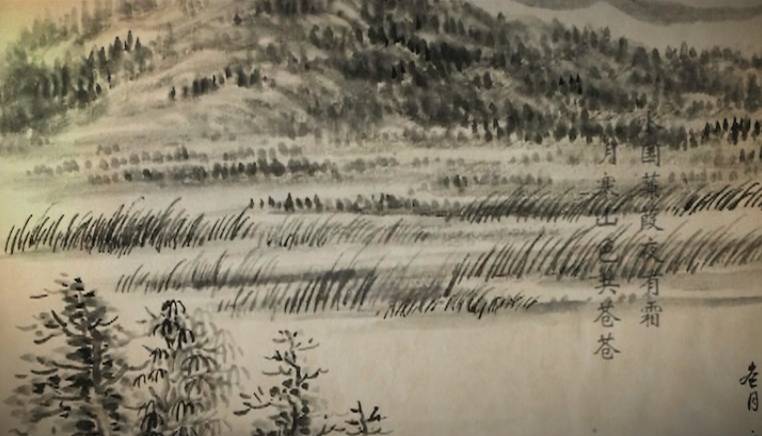
水国蒹葭夜有霜，月寒山色共苍苍。